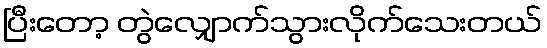
ပြီးတော့ တွဲလျှောက်သွားလိုက်သေးတယ်